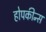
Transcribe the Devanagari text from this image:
होपकीन्स